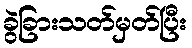
ခွဲခြားသတ်မှတ်ပြီး